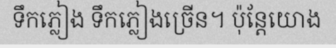
ទឹកភ្លៀង ទឹកភ្លៀងច្រើន។ ប៉ុន្តែយោង